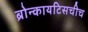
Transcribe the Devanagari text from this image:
ब्रोन्कायटिसचीच